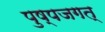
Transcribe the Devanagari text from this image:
पुष्पजगत्